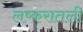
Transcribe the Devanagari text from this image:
लष्करातली